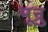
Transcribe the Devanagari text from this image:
मून्रु